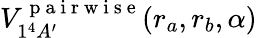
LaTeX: V_{1^{4}A^{\prime}}^{\mathrm{~p~a~i~r~w~i~s~e~}}(r_{a},r_{b},\alpha)